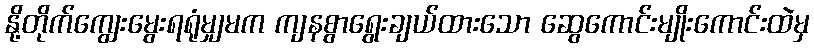
နို့တိုက်ကျွေးမွေးရရုံမျှမက ကျနစွာရွေးချယ်ထားသော ဆွေကောင်းမျိုးကောင်းထဲမှ